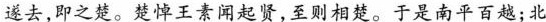
遂去，即之楚。楚悼王素闻起贤，至则相楚。于是南平百越；北